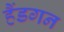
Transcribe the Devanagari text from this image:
हैंडगन